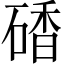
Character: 𥔜